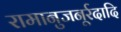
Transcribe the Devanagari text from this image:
रामानुजनूर्रदादि